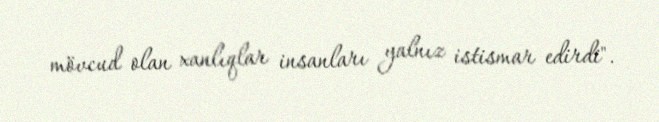
mövcud olan xanlıqlar insanları yalnız istismar edirdi".